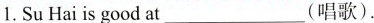
1.Su Hai is good at___(唱歌).